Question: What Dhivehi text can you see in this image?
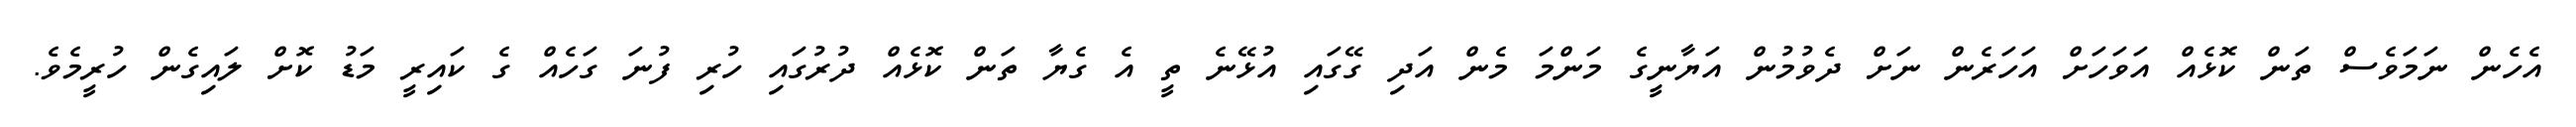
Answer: އެހެން ނަމަވެސް ތަން ކޮޅެއް އަވަހަށް އަހަރެން ނަށް ދެވުމުން އަޔާނީގެ މަންމަ މެން އަދި ގޭގައި އުޅޭނެ ތީ އެ ގެޔާ ތަން ކޮޅެއް ދުރުގައި ހުރި ފުނަ ގަހެއް ގެ ކައިރީ މަޑު ކޮށް ލައިގެން ހުރީމެވެ.